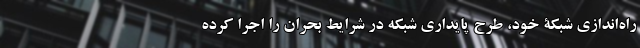
راه‌اندازی شبکۀ خود، طرح پایداریِ شبکه در شرایط بحران را اجرا کرده